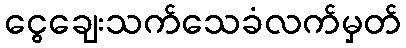
ငွေချေးသက်သေခံလက်မှတ်